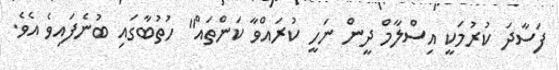
ފަސާދަ ކުރުމަކީ އިސްލާމް ދީން ނަހީ ކުރައްވާ ކަންތައް" ހުތުބާގައި ބުނެފައިވެ އެވެ.